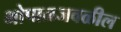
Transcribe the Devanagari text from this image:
भोपाळजवळील